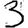
Digit: 3